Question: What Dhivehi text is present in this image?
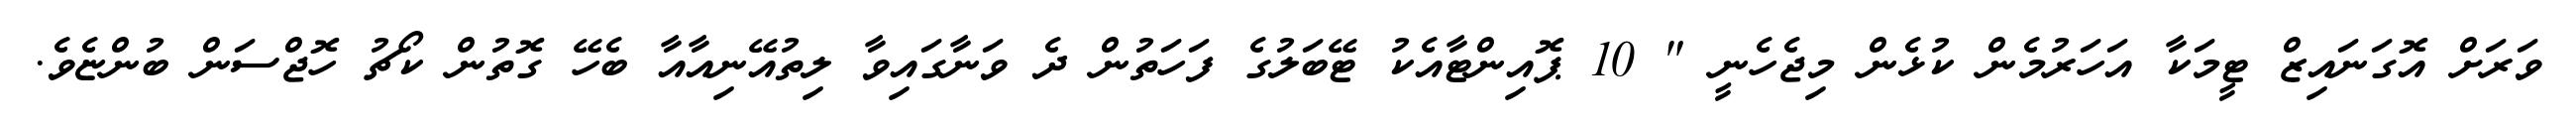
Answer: ވަރަށް އޮގަނައިޒް ޓީމަކާ އަހަރުމެން ކުޅެން މިޖެހެނީ " 10 ޕޮއިންޓާއެކު ޓޭބަލުގެ ފަހަތުން ދެ ވަނާގައިވާ ލިތުއޭނިއާއާ ބެހޭ ގޮތުން ކޯޗު ހޮޖްސަން ބުންޏެވެ.